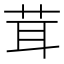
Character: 茸